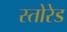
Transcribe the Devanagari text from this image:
स्तोरेड